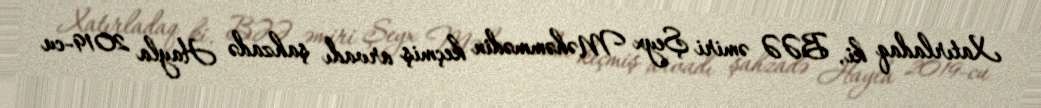
Xatırladaq ki, BƏƏ əmiri Şeyx Məhəmmədin keçmiş arvadı şahzadə Hayla 2019-cu